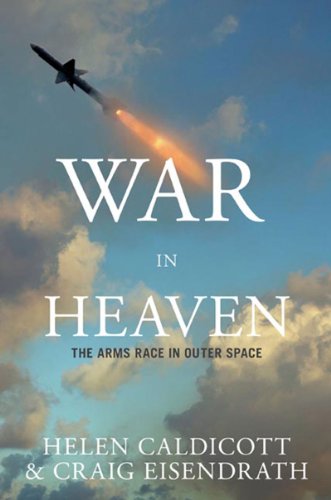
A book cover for War in Heaven: The Arms Race in Outer Space; Helen Caldicott; Law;